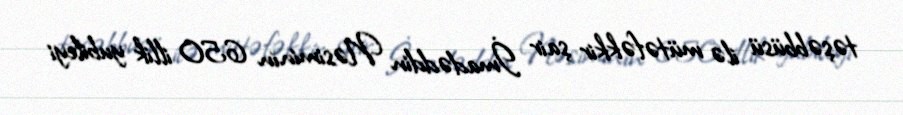
təşəbbüsü ilə mütəfəkkir şair İmadəddin Nəsiminin 650 illik yubileyi